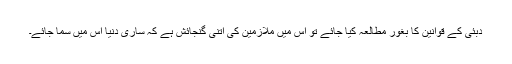
دبئی کے قوانین کا بغور مطالعہ کیا جائے تو اس میں ملازمین کی اتنی گنجائش ہے کہ ساری دنیا اس میں سما جائے۔